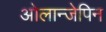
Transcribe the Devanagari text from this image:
ओलान्जेपिन